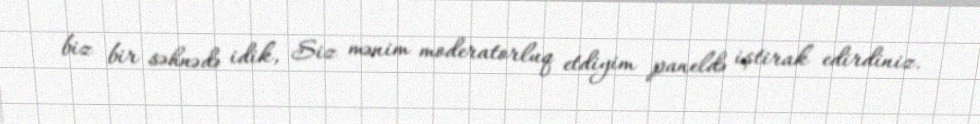
biz bir səhnədə idik, Siz mənim moderatorluq etdiyim paneldə iştirak edirdiniz.